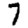
Digit: 7